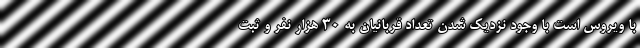
با ویروس است با وجود نزدیک شدن تعداد قربانیان به 30 هزار نفر و ثبت